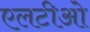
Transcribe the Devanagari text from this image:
एलटीओ